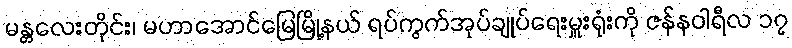
မန္တလေးတိုင်း၊ မဟာအောင်မြေမြို့နယ် ရပ်ကွက်အုပ်ချုပ်ရေးမှူးရုံးကို ဇန်နဝါရီလ ၁၇